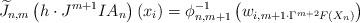
LaTeX: \begin{align*}\widetilde{J}_{n,m}\left(h\cdot J^{m+1}IA_n\right)(x_i)=\phi_{n,m+1}^{-1}\left(w_{i,m+1\cdot\Gamma^{m+2}F(X_n)}\right)\end{align*}